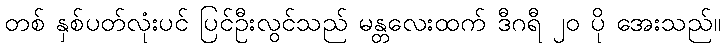
တစ် နှစ်ပတ်လုံးပင် ပြင်ဦးလွင်သည် မန္တလေးထက် ဒီဂရီ ၂၀ ပို အေးသည်။